Vaccine operations Central Provinces 1868-1885 - 1868-1885
Year: 1868
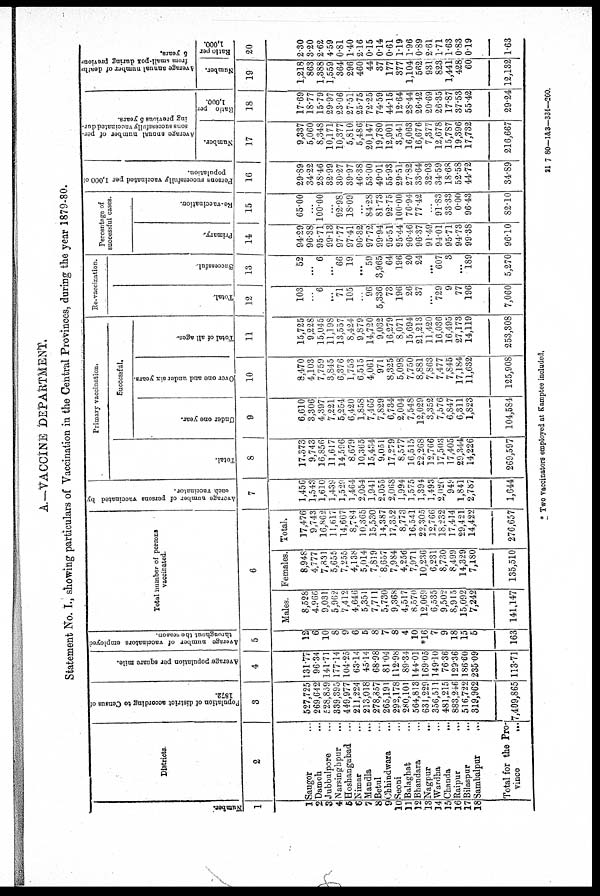
A.—VACCINE DEPARTMENT.
Statement No. I., showing particulars of Vaccination in the Central Provinces, during the year 1879-80.
Number.
1
1
2
3
4
5
6
7
8
9
10
11
12
13
14
15
16
17
18
Districts.
2
Saugor ...
Damoh ...
Jubbulpore ...
Narsinghpur ...
Hoshangabad ...
Nimar ...
Mandla...
Betul...
Chhindwara ...
Seoni ...
Balaghat ...
Bhandara ...
Nagpur
...
Wardha ...
Chanda
...
Raipur
...
Bilaspur
...
Sambalpur ...
Total for the Pro-
vince
...
Population of district according to Census of
1872.
3
527,725
269,642
528,859
339,395
449,977
211,224
213,018
278,857
265,191
292,178
280,101
564,813
631,229
356,511
481,215
883,246
516,722
319,962
7,409,865
Average population per square mile.
4
131.77
96.34
141.71
177.14
104.25
63.14
45.14
68.98
81.04
112.98
89.34
144.01
169.05
149.10
76.36
129.36
186.60
235.09
113.71
A verage number of vaccinators employed
throughout the season.
5
12
6
10
8
9
6
5
8
7
8
4
10
*16
7
9
18
15
5
163
Total number of persons
vaccinated.
6
Males.
8,528
4,966
9,031
5,962
7,412
4,646
5,351
7,711
5,730
9,368
4,517
8,570
12,069
6,535
9,502
8,915
15,092
7,242
141,147
Females.
8,948
4,777
7,831
5,655
7,255
4,138
5,014
7,819
8,657
7,984
4,256
7,971
10,236
6,231
8,730
8,499
14,329
7,180
135,510
Total.
17,476
9,743
16,862
11,617
14,667
8,784
10,365
15,530
14,387
17,352
8,773
16,541
22,305
12,766
18,232
17,414
29,421
14,422
276,657
Average number of persons vaccinated by
each vaccinator.
7
1,456
1,543
1,610
1,439
1,529
1,464
2,054
1,941
2,055
2,068
1,994
1,575
1,394
1,493
2,020
949
1,841
2,787
1,644
Primary vaccination.
Total.
8
17,373
9,743
16,856
11,617
14,596
8,679
10,365
15,434
9,051
17,279
8,577
16,515
22,268
12,766
17,503
17,405
29,344
14,226
269,597
Successful.
Under one year.
9
6,610
3,306
4,397
7,221
5,254
6,420
1,858
7,465
7,829
6,734
2,004
7,548
12,029
3,352
7,576
6,847
6,311
1,823
104,584
Over one and under six years.
10
8,470
4,103
7,759
3,845
6,376
1,753
6,515
4,061
971
8,325
5,098
7,750
8,881
7,863
7,477
7,845
17,184
11,632
125,908
Total of all ages.
11
15,725
9,228
15,045
11,198
13,557
8,424
9,879
14,720
9,032
16,279
8,071
15,694
21,213
11,420
16,036
16,495
27,173
14,119
253,308
Re-vaccination.
Total.
12
103
...
6
...
71
105
...
96
5,336
73
196
26
37
...
729
9
77
196
7,060
Successful.
13
52
...
6
...
66
19
...
59
3,965
64
196
20
24
...
607
3
...
189
5,270
Percentage of
successful cases.
Primary.
14
94.29
96.38
95.71
99.13
97.77
97.41
96.32
97.72
99.94
95.51
95.44
96.46
96.37
91.49
94.01
95.71
94.73
99.38
96.10
Re-vaccination.
15
65.00
...
100.00
...
92.98
18.09
...
84.28
81.73
92.75
100.00
76.94
77.42
...
91.83
33.33
0.00
96.43
82.10
Persons successfully vaccinated per 1,000 of
population.
16
29.89
34.22
28.46
32.99
30.27
39.97
46.38
53.00
49.01
55.93
29.51
27.82
33.64
32.03
34.59
18.68
52.58
44.72
34.89
Average annual number of per¬
sons successfully vaccinated dur-
ing previous 5 years.
Number.
17
9,337
5,060
8,348
10,171
10,377
5,810
5,486
20,147
19,780
12 901
3,541
16,063
16,676
7 377
12,678
15,787
19,396
17,732
216,667
Ratio per
1,000.
18
17.69
18.77
15.79
29.97
23.06
27.51
25.75
72.25
74.59
44.15
12.64
28.44
26.42
20.69
26.35
17.87
37.53
55.42
29.24
Average annual number of death¬
from small-pox during previous
6 years.
Number.
19
1,218
863
1,388
1,559
364
296
460
44
37
177
377
1,104
562
931
823
1,441
428
60
12,132
Ratio per
1,000.
20
2.30
3.20
2.62
4.59
0.81
1.40
2.16
0.15
0.14
0.61
1.19
1.96
0.89
2.61
1.71
1.63
0.83
0.19
1.63
* Two vaccinators employed at Kamptee included.
21 7 80—1&3—334—260.